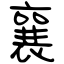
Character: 襄